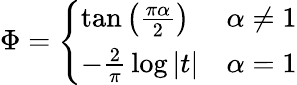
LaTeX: \Phi={\left\{ \begin{array}{ll}{\tan\left({\frac{\pi\alpha}{2}}\right)}&{\alpha\neq 1}\\ {-{\frac{2}{\pi}}\log|t|}&{\alpha=1}\end{array}\right.}